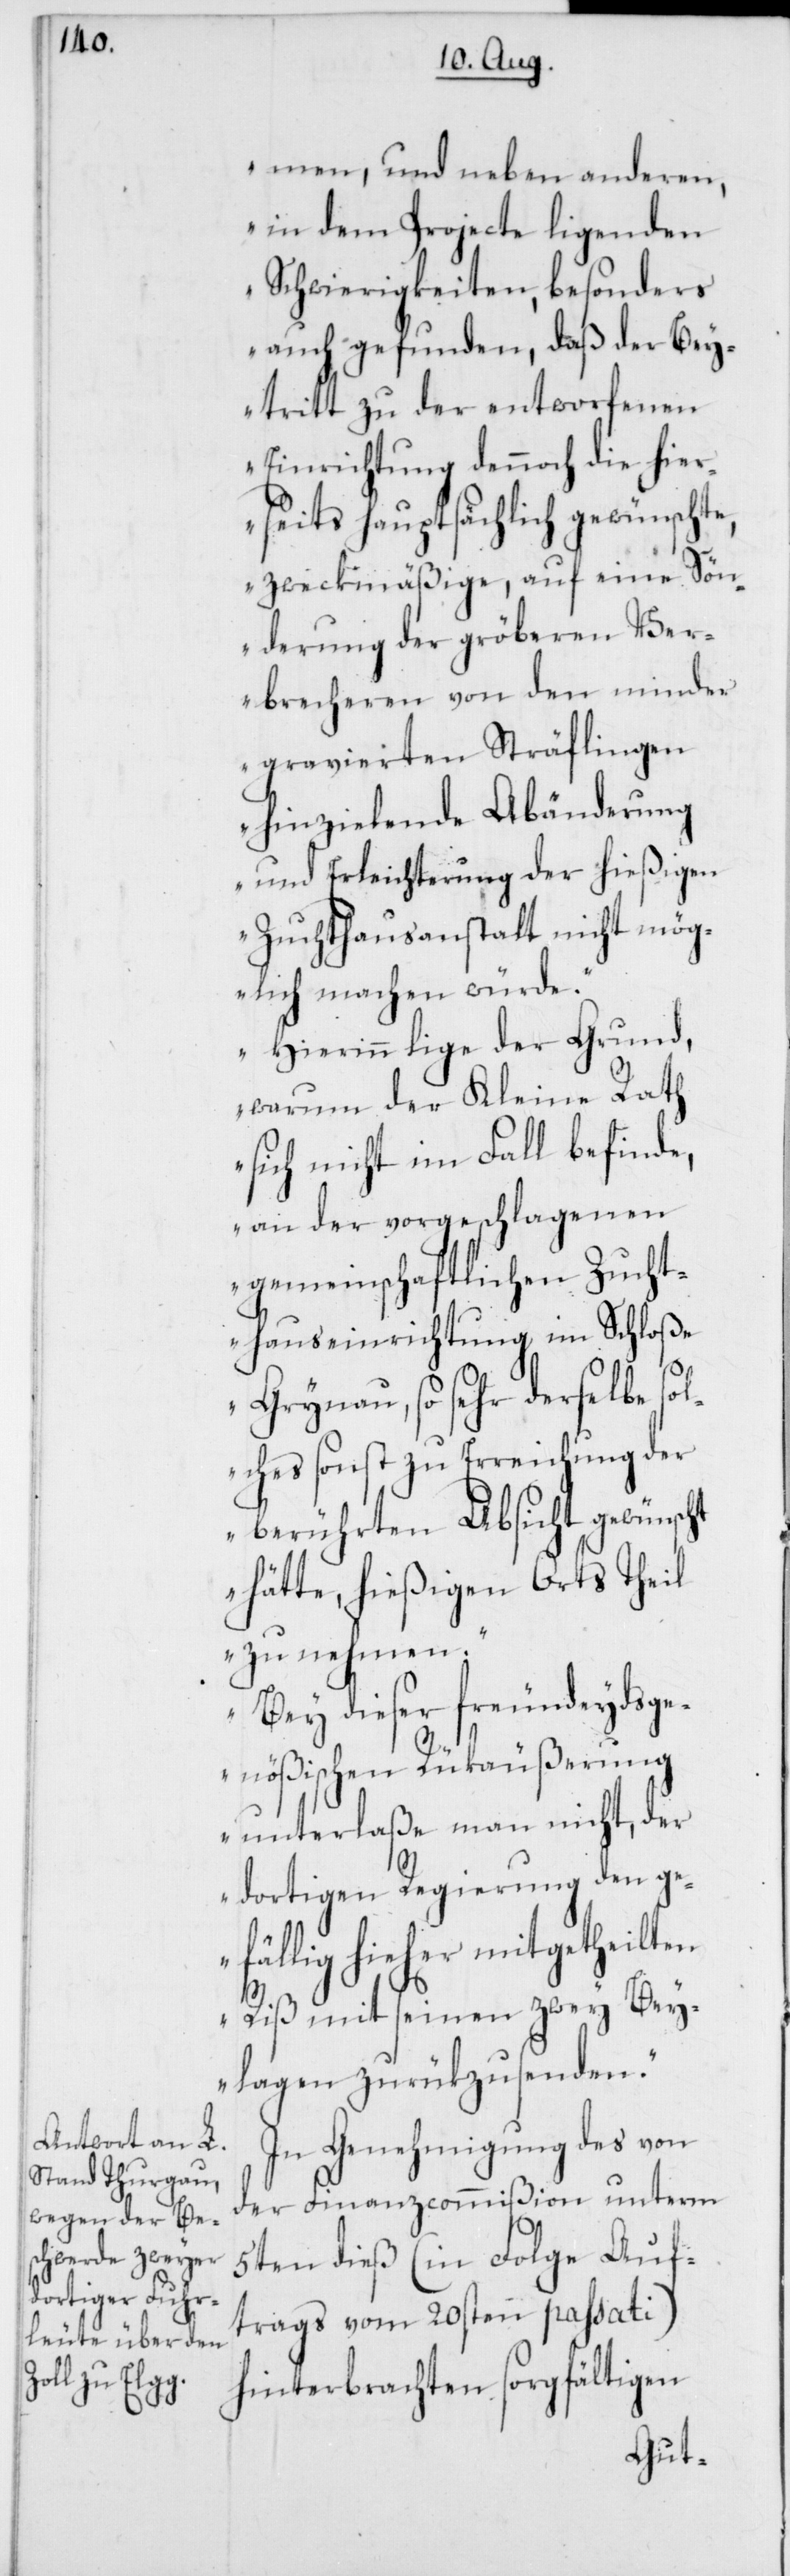
men, und neben anderen,
in dem Projecte ligenden
Schwierigkeiten, besonders
auch gefunden, daß der Bey¬
tritt zu der entworfenen
Einrichtung dennoch die hier¬
seits hauptsächlich gewünschte,
zweckmäßige, auf eine Sön¬
derung der gröberen Ver¬
brecheren von den minder
gravierten Sträflingen
hinzielende Abänderung
und Erleichterung der hießigen
Zuchthausanstalten nicht mög¬
lich machen würde.
Hierin lige der Grund,
warum der Kleine Rath
sich nicht im Fall befinde,
an der vorgeschlagenen
gemeinschaftlichen Zucht¬
hauseinrichtung im Schloße
Grynau, so sehr derselbe sol¬
ches sonst zu Erreichung der
berührten Absicht gewünscht
hätte, hießigen Orts theil
zu nehmen.
Bey dieser freundeydsge¬
nößischen Rükäußerung
unterlaße man nicht, der
dortigen Regierung den ge¬
fällig hieher mitgetheilten
Riß mit seinen zwey Bey¬
lagen zurükzusenden.“
In Genehmigung des von
der Finanzcommißion unterm
5ten dieß (in Folge Auf¬
trags vom 20sten passati)
hinterbrachten sorgfältigen